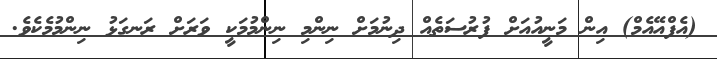
(އެފްއޭއެމް) އިން މަނީއުއަށް ފުރުސަތެއް ދިނުމަށް ނިންމި ނިންމުމަކީ ވަރަށް ރަނގަޅު ނިންމުމެކެވެ.